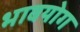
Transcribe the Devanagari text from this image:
भावयोग